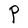
Character: P